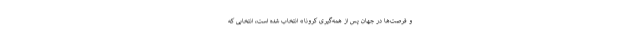
و فرصت‌ها در جهان پس از همه‌گیری کرونا» انتخاب شده است، انتخابی که